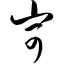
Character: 岢